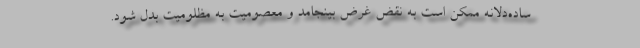
ساده‌دلانه ممکن است به نقض غرض بینجامد و معصومیت به مظلومیت بدل شود.